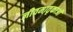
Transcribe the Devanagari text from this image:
जीवमातृकाओं